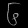
Digit: ၆